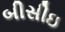
બીસીઇ